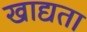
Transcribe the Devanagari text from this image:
खाद्यता